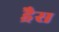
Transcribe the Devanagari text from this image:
ड्रैस